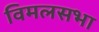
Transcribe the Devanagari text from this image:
विमलसभा